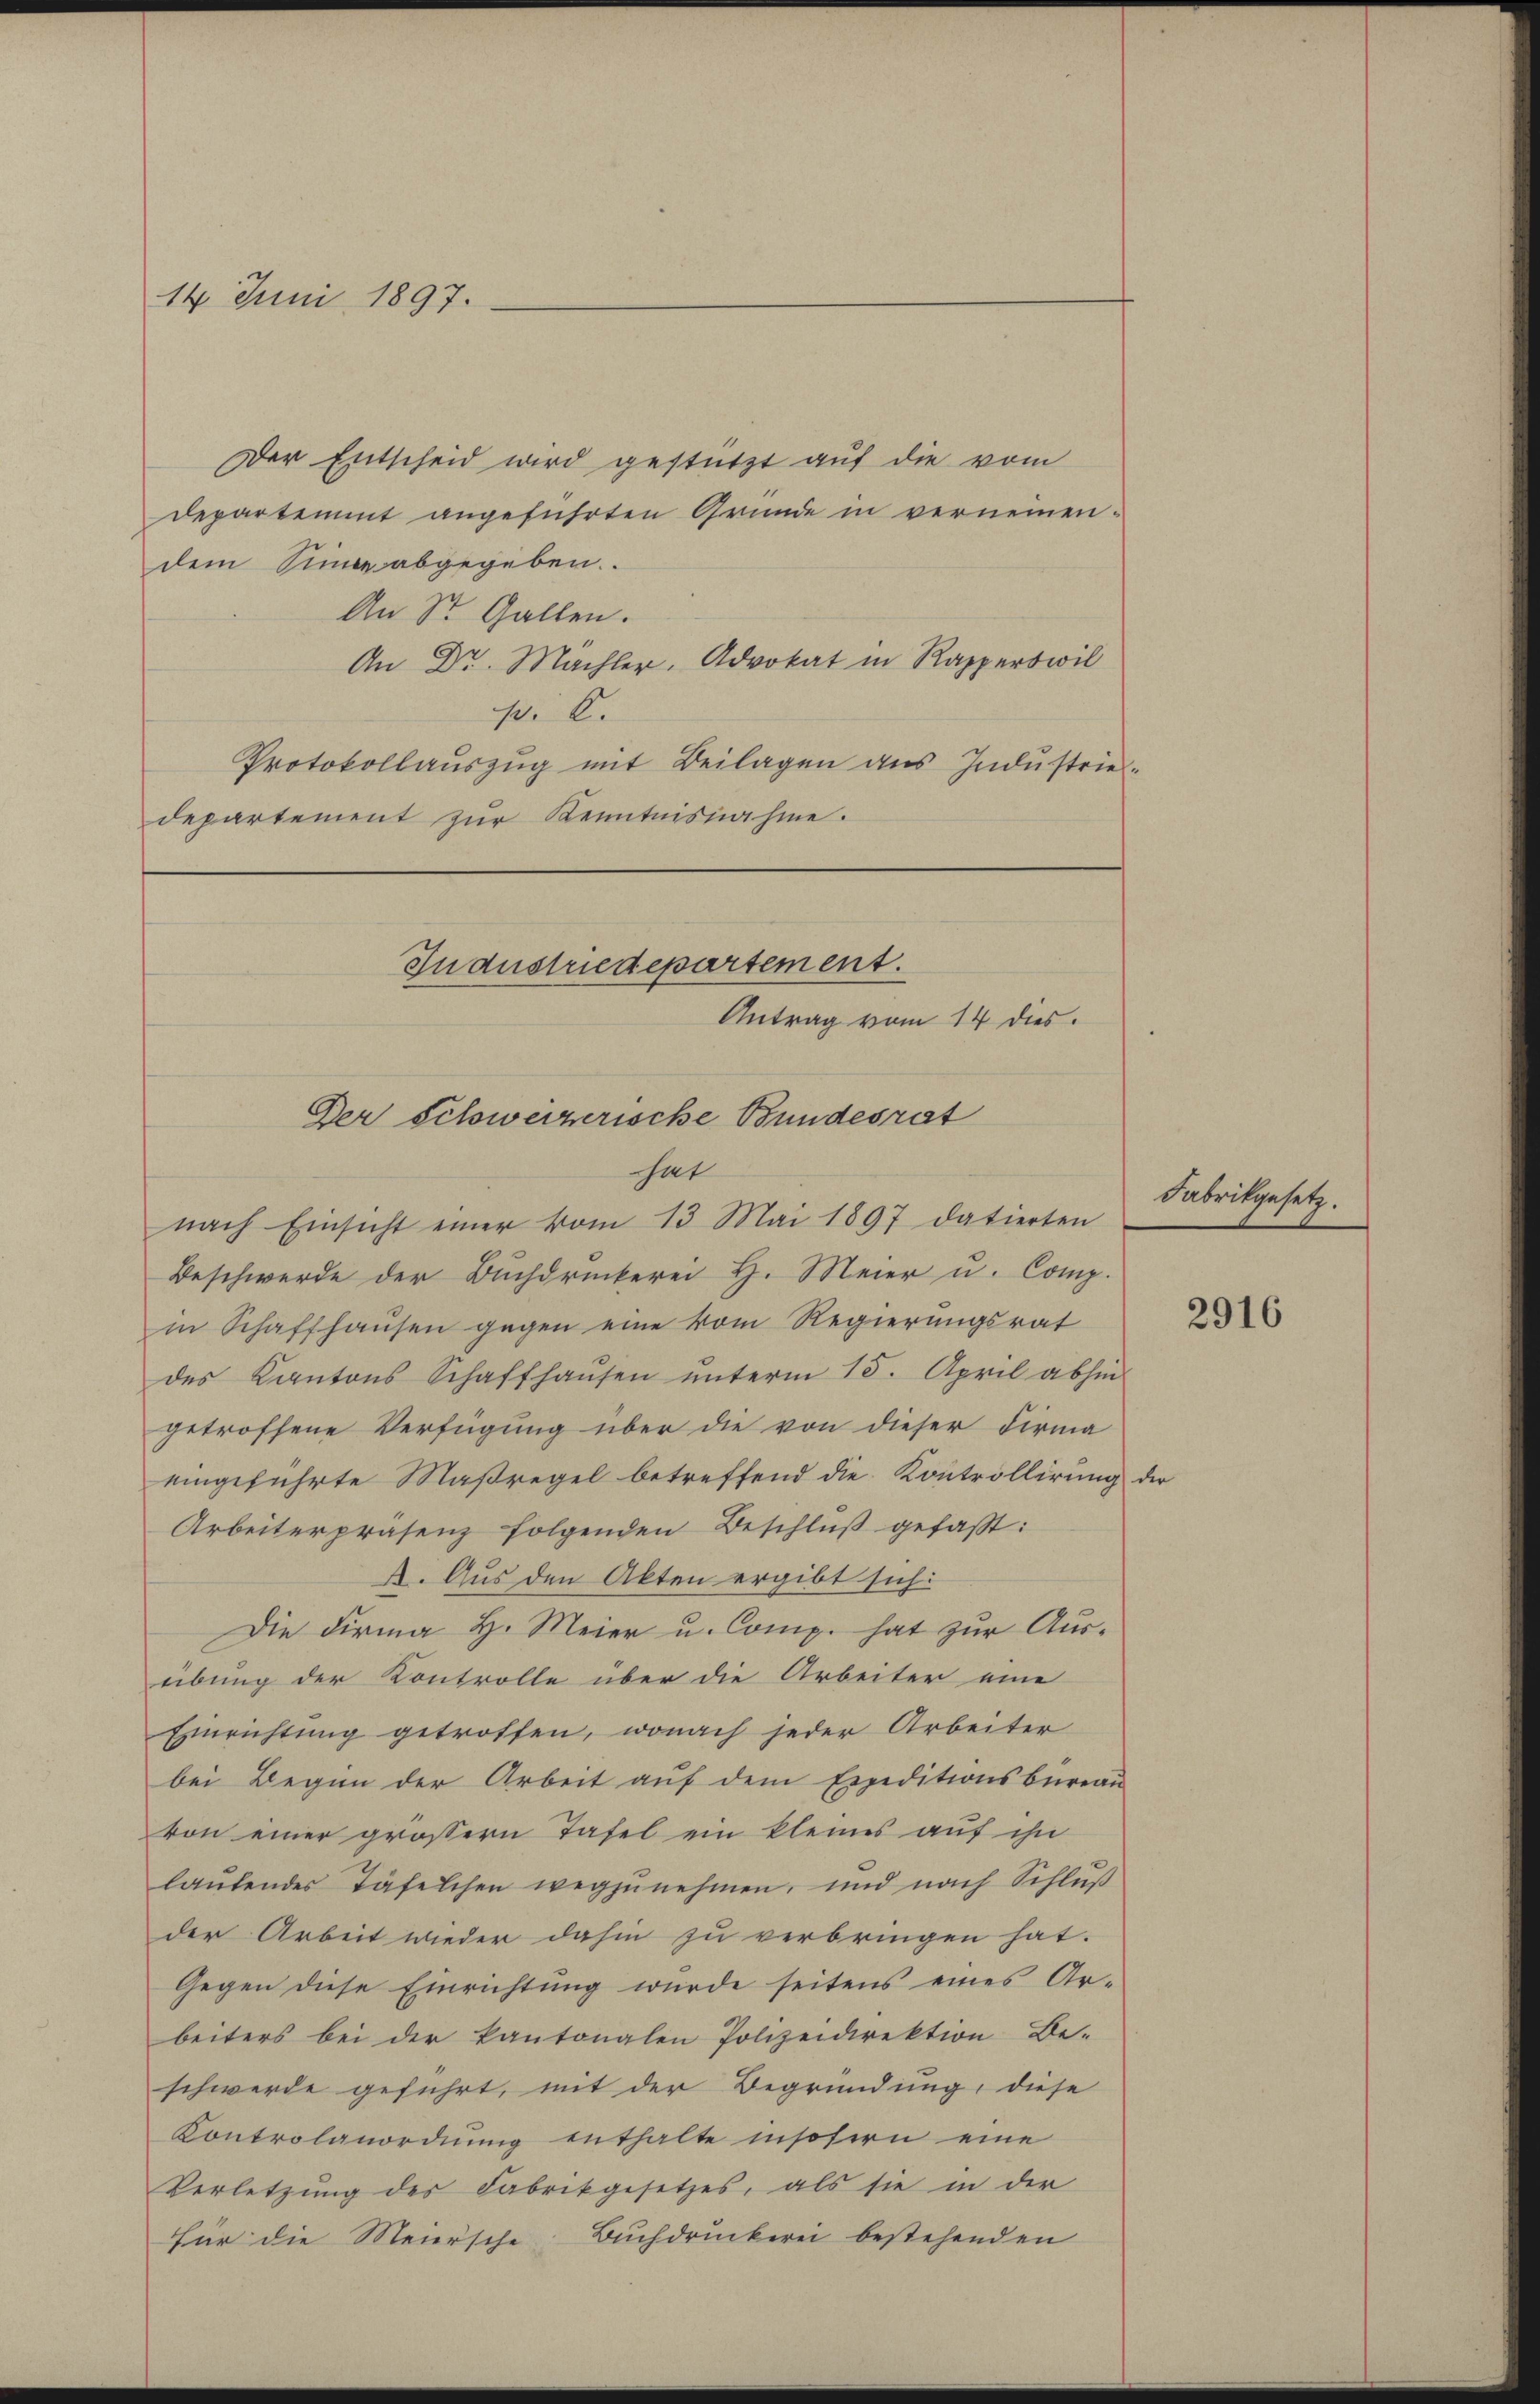
14. Juni 1897.

Der Entscheid wird gestützt auf die vom
Departement angeführten Gründe in vernennen.
dem Sinne abgegeben.
An Sr. Gallen.
An Dr. Machler, Advokat in Rapperswil
p. C.
Protokollauszug mit Beilagen aus Industriedepartement zŭr Kenntnisnahme.

Industriedepartement.
Der Schweizerische Bundesrat
hat
nach Einsicht einer vom 13 Mai 1897 datierten

Antrag vom 14 dies

Beschwerde der Buchdruckerei H. Meier u. Comp.
in Schaffhaŭsen gegen eine vom Regierŭngsrat
des Kantons Schaffhaŭsen ŭnterm 15. April abhin
getroffene Verfügung über die von dieser Firma
eingeführte Maßregel betreffend die Kontrollirung der
Arbeiterpräsenz folgenden Beschluß gefaßt:
A. Aus den Akten ergibt sich:
Die Firma H. Meier u. Comp. hat zur Ausübung der Kontrolle über die Arbeiter eine
Einrichtung getroffen, wonach jeder Arbeiter
bei Begen der Arbeit auf dem Expeditionsbüreau
von einer grössern Tafel ein kleines auf ihn
laŭtendes Täfelchen wegzŭnehmen, und nach Schlŭβ
der Arbeit wieder dahin zu verbringen hat.
Gegen diese Einrichtung wurde seitens eines Arbeiters bei der kantonalen Polizeidirektion Be-
schwerde geführt, mit der Begründung, diese
Kontrolanordnung enthalte insofern eine
Verletzung des Fabrikgesetzes, als sie in der
für die Meiersche Buchdruckerei bestehenden

Fabrikgesetz.

2916